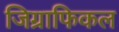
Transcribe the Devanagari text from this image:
जिग्राफिकल